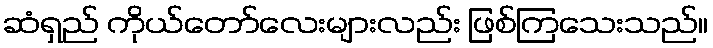
ဆံရှည် ကိုယ်တော်လေးများလည်း ဖြစ်ကြသေးသည်။